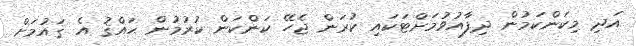
އަދި މިކަންކަމުން ދިފާއުވުމަށްޓަކައި ކުރަން ޖެހޭ ކަންކަން ކުރުމުން ޙައްޤު އެ ޤައުމަށް